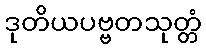
ဒုတိယပဗ္ဗတသုတ္တံ